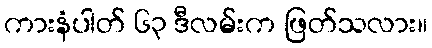
ကားနံပါတ် ၆၃ ဒီလမ်းက ဖြတ်သလား။